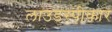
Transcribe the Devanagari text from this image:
लाउडस्पीकार